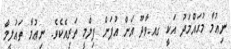
ނިޢުމާ މުޙައްމަދު އަކީ ގއ.ވާދޫ އަށް އުފަން ފިލްމީ ތަރިއެކެވެ. ނިޢުމާ ތަޢުލީމް